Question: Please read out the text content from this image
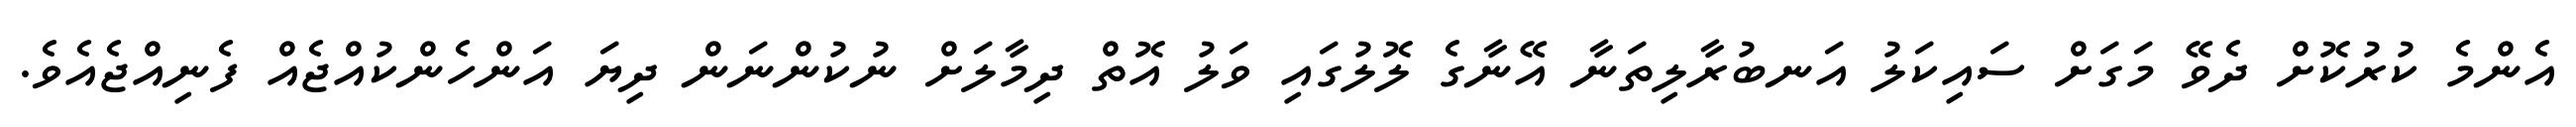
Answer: އެންމެ ކުރުކޮށް ދެވޭ މަގަށް ސައިކަލު އަނބުރާލިތަނާ އޭނާގެ ލޮލުގައި ވަލު އޮތް ދިމާލަށް ނުކުންނަން ދިޔަ އަންހެންކުއްޖެއް ފެނިއްޖެއެވެ.